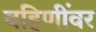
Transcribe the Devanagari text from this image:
बहिणींवर